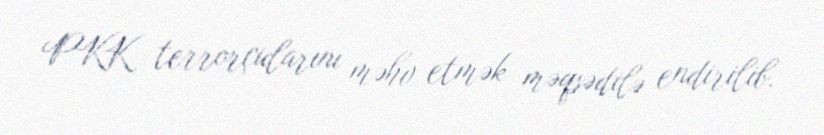
PKK terrorçularını məhv etmək məqsədilə endirilib.